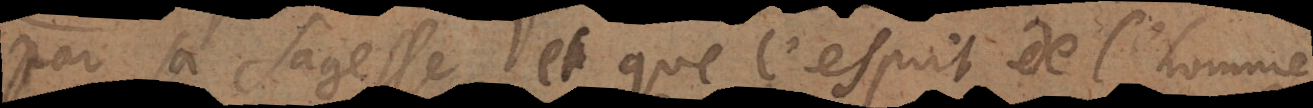
par sa sagesse et que l’esprit de l’homme